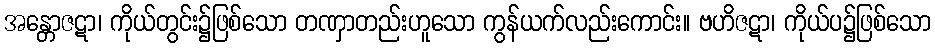
အန္တောဇဋာ၊ ကိုယ်တွင်း၌ဖြစ်သော တဏှာတည်းဟူသော ကွန်ယက်လည်းကောင်း။ ဗဟိဇဋာ၊ ကိုယ်ပ၌ဖြစ်သော